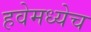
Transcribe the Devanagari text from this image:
हवेमध्येच